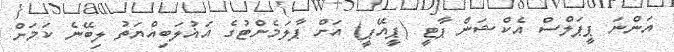
އަންނަ ޕީޕަލްސް އެކްޝަން ޕާޓީ (ޕީއޭޕީ) އަށް ޕާލަމެންޓުގެ އަޣުލަބިއްޔަތު ލިބޭނެ ކަމަށް